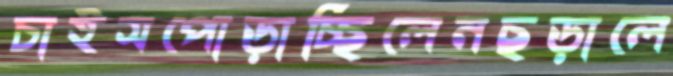
চাইসপোড়াচ্ছিলেনছড়ালে